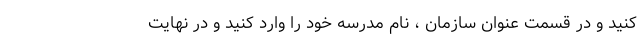
کنید و در قسمت عنوان سازمان ، نام مدرسه خود را وارد کنید و در نهایت